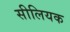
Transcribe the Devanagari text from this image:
सीलियक